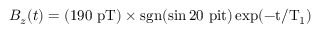
B _ { z } ( t ) = ( 1 9 0 \, \, \mathrm { p T ) \times \mathrm { s g n } ( \sin 2 0 \ p i t ) \exp ( - t / T _ { 1 } ) }